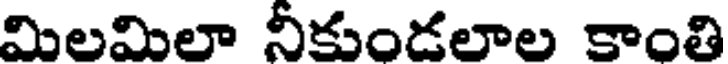
మిలమిలా నీకుండలాల కాంతి